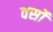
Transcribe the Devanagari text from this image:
वर्सो